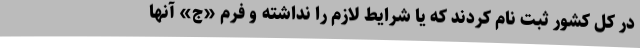
در کل کشور ثبت نام کردند که یا شرایط لازم را نداشته و فرم «ج» آنها